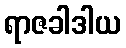
ရာဇခါဒါယ